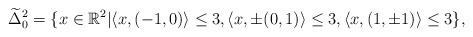
LaTeX: \begin{align*} \widetilde{\Delta}^2_0 =\{x\in\mathbb{R}^2|&\langle x,(-1,0)\rangle\leq3,\langle x,\pm(0,1)\rangle\leq3,\langle x,(1,\pm1)\rangle\leq3 \},\end{align*}